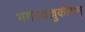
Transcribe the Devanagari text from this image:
भगवदज्जुकीयम्‌